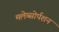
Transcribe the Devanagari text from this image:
मलेब्सोर्पशन